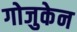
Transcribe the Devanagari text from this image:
गोजुकेन